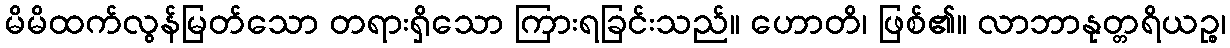
မိမိထက်လွန်မြတ်သော တရားရှိသော ကြားရခြင်းသည်။ ဟောတိ၊ ဖြစ်၏။ လာဘာနုတ္တရိယဉ္စ၊